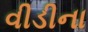
વીડીના